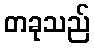
တခုသည်